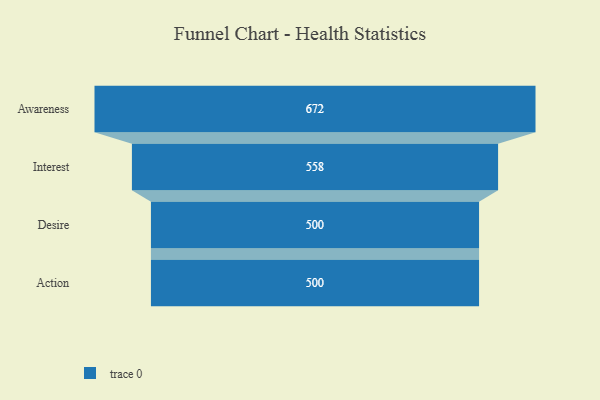
{"axis": {"x": "Stage", "y": "Value"}, "legend": [""], "data": [{"x": "Awareness", "y": 672.0, "type": ""}, {"x": "Interest", "y": 558.0, "type": ""}, {"x": "Desire", "y": 500, "type": ""}, {"x": "Action", "y": 500, "type": ""}]}